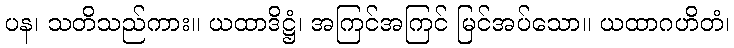
ပန၊ သတိသည်ကား။ ယထာဒိဋ္ဌံ၊ အကြင်အကြင် မြင်အပ်သော။ ယထာဂဟိတံ၊